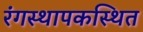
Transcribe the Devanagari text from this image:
रंगस्थापकस्थित